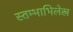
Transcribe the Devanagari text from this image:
स्तम्भाभिलेख